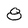
Character: 8